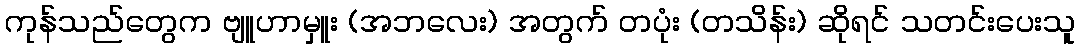
ကုန်သည်တွေက ဗျူဟာမှူး (အဘလေး) အတွက် တပုံး (တသိန်း) ဆိုရင် သတင်းပေးသူ